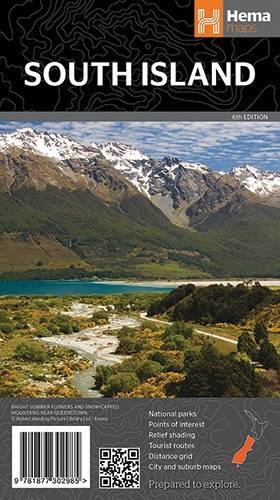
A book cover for South Island- New Zealand 1:1M Hema; Hema Maps Pty.Ltd; Travel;